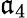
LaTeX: \mathfrak{a}_{4}